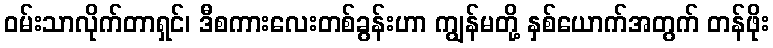
ဝမ်းသာလိုက်တာရှင်၊ ဒီစကားလေးတစ်ခွန်းဟာ ကျွန်မတို့ နှစ်ယောက်အတွက် တန်ဖိုး